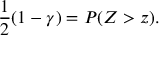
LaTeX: { \frac { 1 } { 2 } } ( 1 - \gamma ) = P ( Z > z ) .